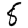
Digit: 8